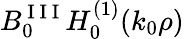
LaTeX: B_{0}^{\mathrm{~I~I~I~}}H_{0}^{(1)}(k_{0}\rho)